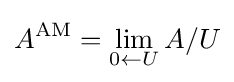
A^{\text{AM}}=\lim _{0\gets U}A/U